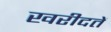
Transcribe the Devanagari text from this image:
खरीदतें